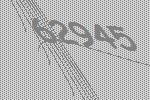
62945